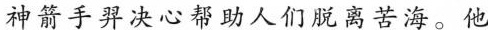
神箭手羿决心帮助人们脱离苦海。他